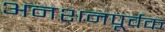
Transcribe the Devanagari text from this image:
अनशनपूर्वक